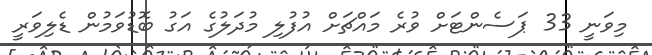
މިވަނީ 33 ޕަސެންޓަށް ވުރެ މައްޗަށް އުފުލި މުދަލުގެ އަގު ބޮޑުވަމުން ޑެލިވަރީ